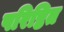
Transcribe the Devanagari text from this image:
परिष्ठित